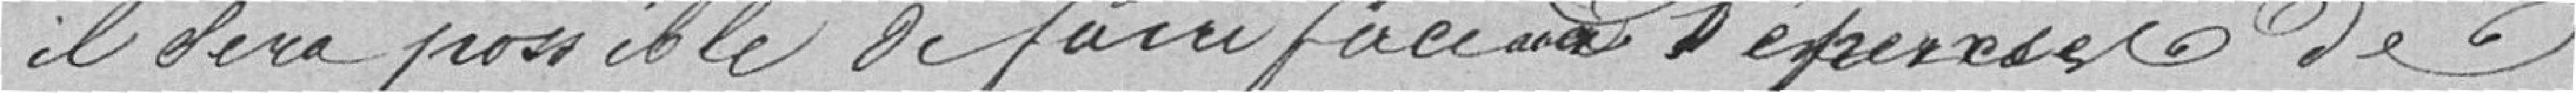
il sera possible de faire face aux dépenses de